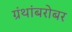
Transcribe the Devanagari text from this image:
ग्रंथांबरोबर